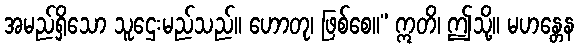
အမည်ရှိသော သူဌေးမည်သည်။ ဟောတု၊ ဖြစ်စေ။” ဣတိ၊ ဤသို့။ မဟန္တေန